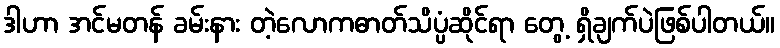
ဒါဟာ အင်မတန် ခမ်းနား တဲ့လောကဓာတ်သိပ္ပံဆိုင်ရာ တွေ့ ရှိချက်ပဲဖြစ်ပါတယ်။